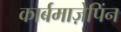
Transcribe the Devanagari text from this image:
कार्बमाज़ेपिंन